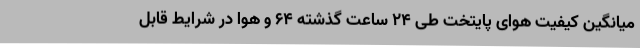
میانگین کیفیت هوای پایتخت طی 24 ساعت گذشته‌ 64 و هوا در شرایط قابل